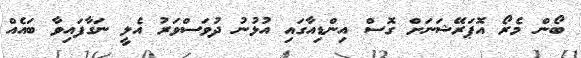
ބޯން މެރޯ އޮޕަރޭޝަނަށް ގޮސް އިންޑިއާގައި އުޅުނު ދުވަސްވަރު އެލީ ނަގާފައިވާ ބައެއް